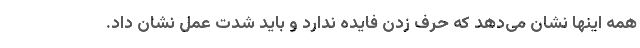
همه اینها نشان می‌دهد که حرف زدن فایده ندارد و باید شدت عمل نشان داد.